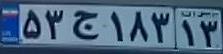
۵۳ج۱۸۳۱۳